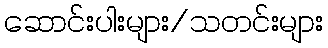
ဆောင်းပါးများ/သတင်းများ